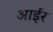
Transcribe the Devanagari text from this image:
आईर